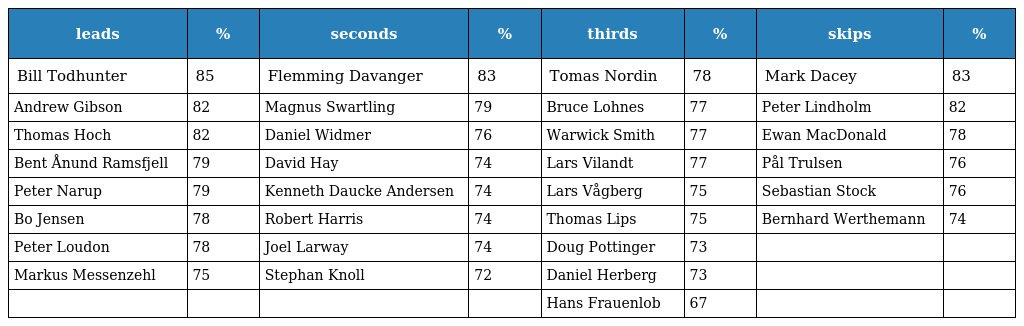
| leads | % | seconds | % | thirds | % | skips | % |
 | --- | --- | --- | --- | --- | --- | --- | --- |
 | Bill Todhunter | 85 | Flemming Davanger | 83 | Tomas Nordin | 78 | Mark Dacey | 83 |
 | Andrew Gibson | 82 | Magnus Swartling | 79 | Bruce Lohnes | 77 | Peter Lindholm | 82 |
 | Thomas Hoch | 82 | Daniel Widmer | 76 | Warwick Smith | 77 | Ewan MacDonald | 78 |
 | Bent Ånund Ramsfjell | 79 | David Hay | 74 | Lars Vilandt | 77 | Pål Trulsen | 76 |
 | Peter Narup | 79 | Kenneth Daucke Andersen | 74 | Lars Vågberg | 75 | Sebastian Stock | 76 |
 | Bo Jensen | 78 | Robert Harris | 74 | Thomas Lips | 75 | Bernhard Werthemann | 74 |
 | Peter Loudon | 78 | Joel Larway | 74 | Doug Pottinger | 73 |  |  |
 | Markus Messenzehl | 75 | Stephan Knoll | 72 | Daniel Herberg | 73 |  |  |
 |  |  |  |  | Hans Frauenlob | 67 |  |  |